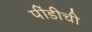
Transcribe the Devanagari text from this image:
पींडीची